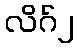
လိဂ်၂